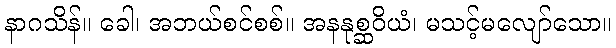
နာဂသိန်။ ခေါ၊ အဘယ်စင်စစ်။ အနနုစ္ဆဝိယံ၊ မသင့်မလျော်သော။